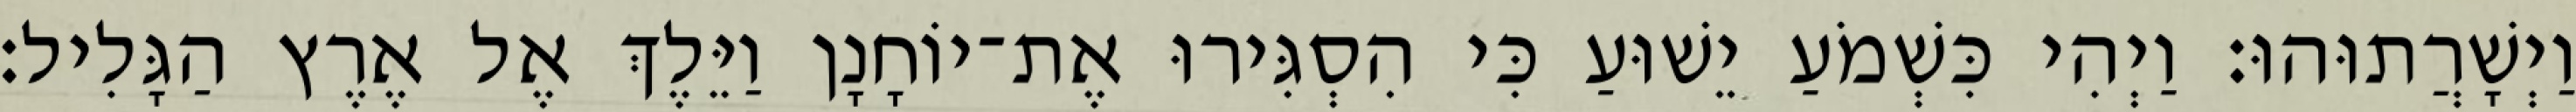
וַיְשָׁרֲתוּהוּ׃ וַיְהִי כִּשְׁמֹעַ יֵשׁוּעַ כִּי הִסְגִּירוּ אֶת־יוֹחָנָן וַיֵּלֶךְ אֶל אֶרֶץ הַגָּלִיל׃